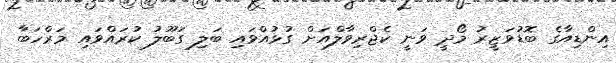
އިންޑިއާގެ ބޮޑުވަޒީރު މޯދީ ވަނީ ކެޖްރިވާލްއަށް ގުޅުއްވައި ބަލި ގަބޫލު ކުރައްވައި މަރްހަބާ